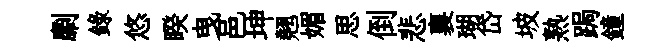
劘録悠睽曳邑坤翹媚思倒悲襄瑚岱坡熟跼鐘